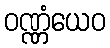
ဝဏ္ဏံယေဝ